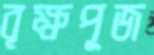
বৃক্ষপূজ